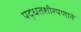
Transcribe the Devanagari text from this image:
पद्धतशीरपणाने